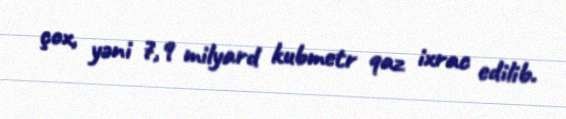
çox, yəni 7,9 milyard kubmetr qaz ixrac edilib.